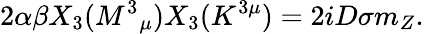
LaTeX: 2\alpha\beta X_{3}(M^{3}{}_{\mu})X_{3}(K^{3\mu})=2iD\sigma m_{Z}.